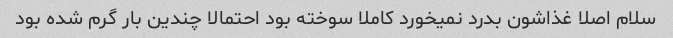
سلام اصلا غذاشون بدرد نمیخورد کاملا سوخته بود احتمالا چندین بار گرم شده بود